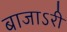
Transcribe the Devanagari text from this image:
बाजाऽरी